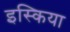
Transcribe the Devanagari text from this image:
इस्किया